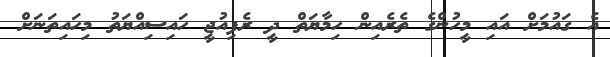
އެ ގައުމަށް އައި މީހުންގެ ތެރެއިން ހިމާޔަތް ދީ ރެފިއުޖީ ހައިސިއްޔަތު މިހައިތަނަށް